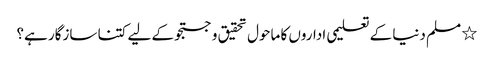
٭ مسلم دنیا کے تعلیمی اداروں کا ماحول تحقیق و جستجو کے لیے کتنا سازگار ہے؟